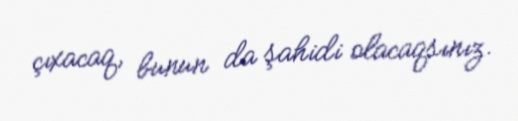
çıxacaq, bunun da şahidi olacaqsınız.